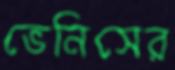
ভেনিসের